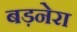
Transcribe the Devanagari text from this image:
बड़नेरा